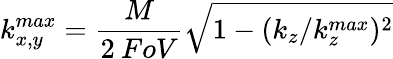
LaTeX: k_{x,y}^{max}=\frac{M}{2\: FoV}\sqrt{1-(k_{z}/k_{z}^{max})^{2}}